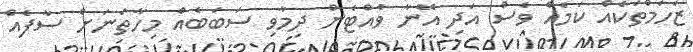
ޒަހަމްތަކެއް ކަމެއް ވެސް އަދި އޭނާ ވެއްޓެން ދިމާވި ސަބަބެއް މިހާތަނަށް ސާފެއް